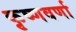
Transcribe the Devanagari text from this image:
कृष्णवर्णा